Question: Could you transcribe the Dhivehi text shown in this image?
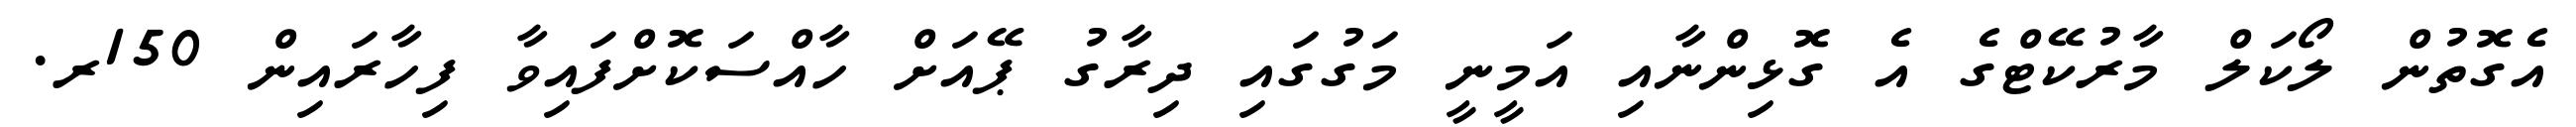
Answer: އެގޮތުން ލޯކަލް މާރުކޭޓްގެ އެ ގޮޅިންނާއި އަމީނީ މަގުގައި ދިރާގު ޕޭއަށް ހާއްސަކޮށްފައިވާ ފިހާރައިން 150ރ.